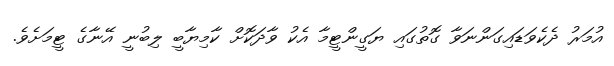
އުމަރު ދެކެވަޑައިގަންނަވާ ގޮތުގައި ޔަގީންޓީމާ އެކު ވާދަކޮށް ކާމިޔާބީ ލިބުނީ އޭނާގެ ޓީމަށެވެ.